Plague in India, 1896, 1897 - Volume 1
Year: 1896
Disease focus: Plague
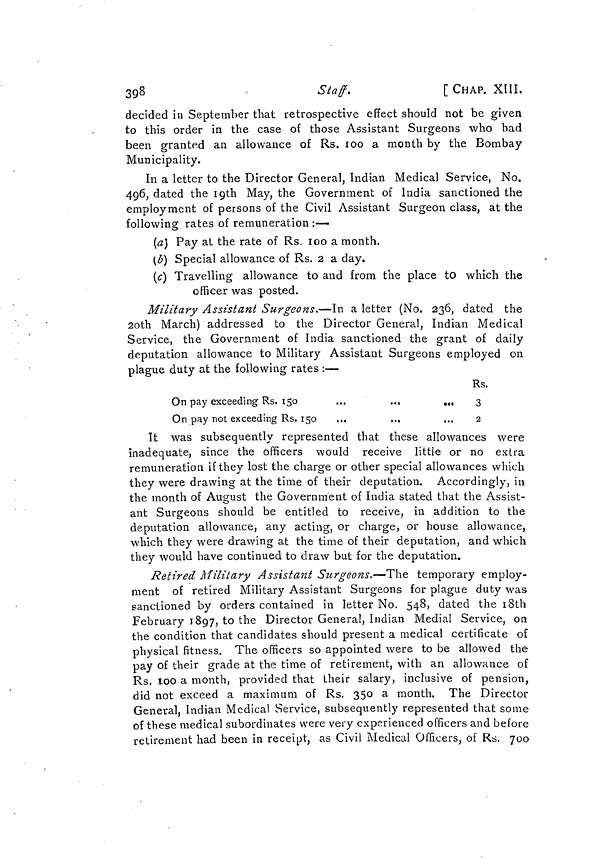
398
-
Staff.
[ CHAP. XIII.
decided in September that retrospective effect should not be given
to this order in the case of those Assistant Surgeons who had
been granted an allowance of Rs. 100 a month by the Bombay
Municipality.
In a letter to the Director General, Indian Medical Service, No.
496, dated the 19th May, the Government of India sanctioned the
employment of persons of the Civil Assistant Surgeon class, at the
following rates of remuneration :—
(a) Pay at the rate of Rs. 100 a month.
(b) Special allowance of Rs. 2 a day.
(c) Travelling allowance to and from the place to which the
officer was posted.
Military Assistant Surgeons.—In a letter (No. 236, dated the
2oth March) addressed to the Director General, Indian Medical
Service, the Government of India sanctioned the grant of daily
deputation allowance to Military Assistant Surgeons employed on
plague duty at the following rates :—-
On pay exceeding Rs. 150
On pay not exceeding Rs. 150
Rs.
••«
...
3
2
It was subsequently represented that these allowances were
inadequate, since the officers would receive little or no extra
remuneration if they lost the charge or other special allowances which
they were drawing at the time of their deputation. Accordingly, in
the month of August the Government of India stated that the Assist-
ant Surgeons should be entitled to receive, in addition to the
deputation allowance, any acting, or charge, or house allowance,
which they were drawing at the time of their deputation, and which
they would have continued to draw but for the deputation.
Retired Military Assistant Surgeons.—The temporary employ-
ment of retired Military Assistant Surgeons for plague duty was
sanctioned by orders contained in letter No. 548, dated the 18th
February 1897, to the Director General, Indian Medial Service, on
the condition that candidates should present a medical certificate of
physical fitness. The officers so appointed were to be allowed the
pay of their grade at the time of retirement, with an allowance of
Rs. 100 a month, provided that their salary, inclusive of pension,
did not exceed a maximum of Rs, 350 a month. The Director
General, Indian Medical Service, subsequently represented that some
of these medical subordinates were very experienced officers and before
retirement had been in receipt, as Civil Medical Officers, of Rs. 700